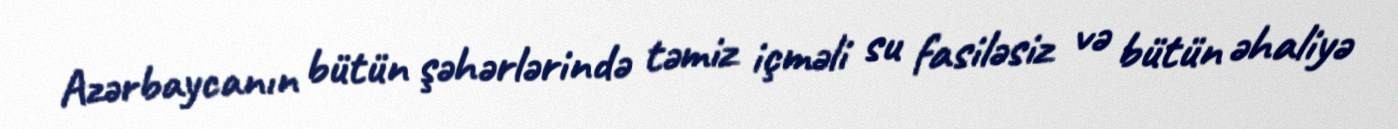
Azərbaycanın bütün şəhərlərində təmiz içməli su fasiləsiz və bütün əhaliyə